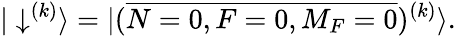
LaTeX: |\downarrow^{(k)}\rangle=|(\overline{{N=0,F=0,M_{F}=0}})^{(k)}\rangle.